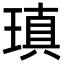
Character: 瑱